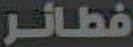
فطائر